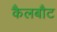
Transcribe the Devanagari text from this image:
कैलबौट